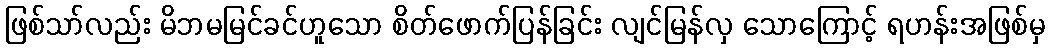
ဖြစ်သာ်လည်း မိဘမမြင်ခင်ဟူသော စိတ်ဖောက်ပြန်ခြင်း လျင်မြန်လှ သောကြောင့် ရဟန်းအဖြစ်မှ